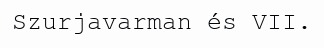
Szurjavarman és VII.